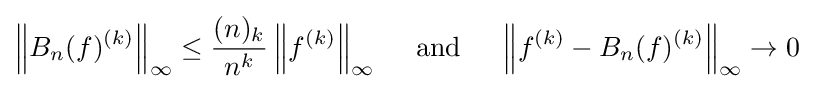
{\left\|B_{n}(f)^{(k)}\right\|}_{\infty }\leq {\frac {(n)_{k}}{n^{k}}}\left\|f^{(k)}\right\|_{\infty }\quad \ {\text{and}}\quad \ \left\|f^{(k)}-B_{n}(f)^{(k)}\right\|_{\infty }\to 0